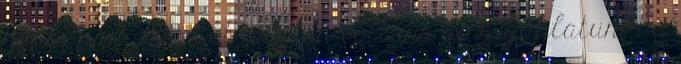
hónapban ez az öt telefon volt az, ami ajánlatunkba